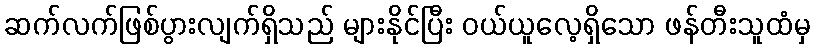
ဆက်လက်ဖြစ်ပွားလျက်ရှိသည် များနိုင်ပြီး ဝယ်ယူလေ့ရှိသော ဖန်တီးသူထံမှ